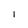
Character: l